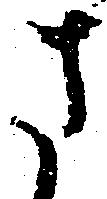
さ